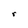
Character: r